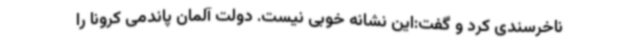
ناخرسندی کرد و گفت:این نشانه‌ خوبی نیست. دولت آلمان پاندمی کرونا را